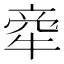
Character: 𤙺